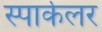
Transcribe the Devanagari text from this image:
स्पार्कलर